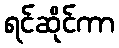
ရင်ဆိုင်ကာ